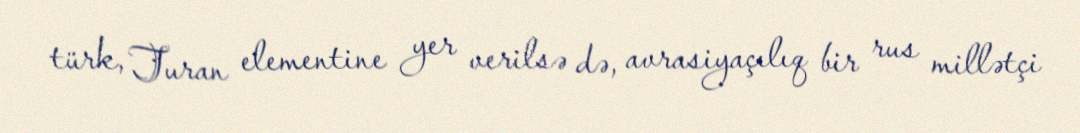
türk, Turan elementine yer verilsə də, avrasiyaçılıq bir rus millətçi